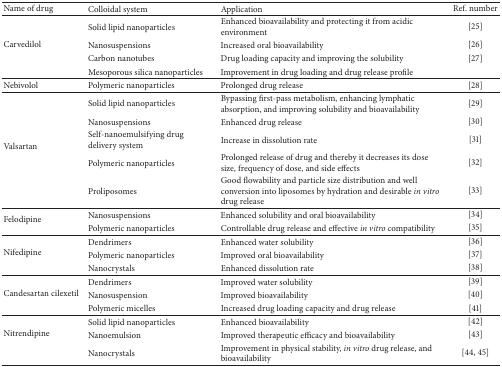
<table><thead><tr><td><b>Name of drug</b></td><td><b>Colloidal system</b></td><td><b>Application</b></td><td><b>Ref. number</b></td></tr></thead><tbody><tr><td rowspan="4">Carvedilol</td><td>Solid lipid nanoparticles</td><td>Enhanced bioavailability and protecting it from acidic environment</td><td>[25]</td></tr><tr><td>Nanosuspensions</td><td>Increased oral bioavailability</td><td>[26]</td></tr><tr><td>Carbon nanotubes</td><td>Drug loading capacity and improving the solubility</td><td>[27]</td></tr><tr><td>Mesoporous silica nanoparticles</td><td>Improvement in drug loading and drug release profile </td><td> </td></tr><tr><td>Nebivolol </td><td>Polymeric nanoparticles</td><td>Prolonged drug release</td><td>[28]</td></tr><tr><td rowspan="5">Valsartan</td><td>Solid lipid nanoparticles</td><td>Bypassing first-pass metabolism, enhancing lymphatic absorption, and improving solubility and bioavailability</td><td>[29]</td></tr><tr><td>Nanosuspensions</td><td>Enhanced drug release </td><td>[30]</td></tr><tr><td>Self-nanoemulsifying drug delivery system</td><td>Increase in dissolution rate</td><td>[31]</td></tr><tr><td>Polymeric nanoparticles </td><td>Prolonged release of drug and thereby it decreases its dose size, frequency of dose, and side effects </td><td>[32]</td></tr><tr><td>Proliposomes</td><td>Good flowability and particle size distribution and well conversion into liposomes by hydration and desirable <i>in vitro</i> drug release</td><td>[33]</td></tr><tr><td rowspan="2">Felodipine</td><td>Nanosuspensions </td><td>Enhanced solubility and oral bioavailability</td><td>[34]</td></tr><tr><td>Polymeric nanoparticles</td><td>Controllable drug release and effective <i>in vitro</i> compatibility</td><td>[35]</td></tr><tr><td rowspan="3">Nifedipine</td><td>Dendrimers</td><td>Enhanced water solubility</td><td>[36]</td></tr><tr><td>Polymeric nanoparticles</td><td>Improved oral bioavailability</td><td>[37]</td></tr><tr><td>Nanocrystals </td><td>Enhanced dissolution rate</td><td>[38]</td></tr><tr><td rowspan="3">Candesartan cilexetil</td><td>Dendrimers</td><td>Improved water solubility</td><td>[39]</td></tr><tr><td>Nanosuspension</td><td>Improved bioavailability</td><td>[40]</td></tr><tr><td>Polymeric micelles</td><td>Increased drug loading capacity and drug release</td><td>[41]</td></tr><tr><td rowspan="3">Nitrendipine</td><td>Solid lipid nanoparticles</td><td>Enhanced bioavailability</td><td>[42]</td></tr><tr><td>Nanoemulsion</td><td>Improved therapeutic efficacy and bioavailability</td><td>[43]</td></tr><tr><td>Nanocrystals</td><td>Improvement in physical stability, <i>in vitro</i> drug release, and bioavailability</td><td>[44, 45]</td></tr></tbody></table>